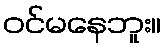
ဝင်မနေဘူး။